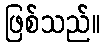
ဖြစ်သည်။